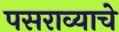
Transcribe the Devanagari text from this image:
पसराव्याचे